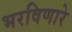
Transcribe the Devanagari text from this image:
भरविणारे